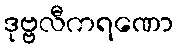
ဒုဗ္ဗလီကရဏော